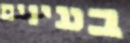
בעינים